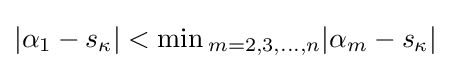
|\alpha _{1}-s_{\kappa }|<\min {}_{m=2,3,\dots ,n}|\alpha _{m}-s_{\kappa }|